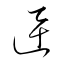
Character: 迅